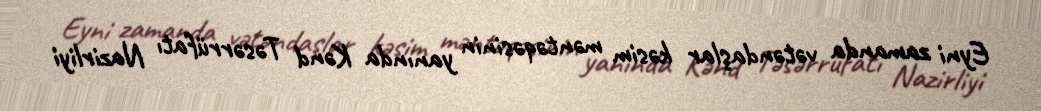
Eyni zamanda vətəndaşlar kəsim məntəqəsinin yanında Kənd Təsərrüfatı Nazirliyi